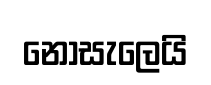
නොසැලෙයි